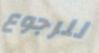
للرجوع